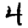
Digit: 4